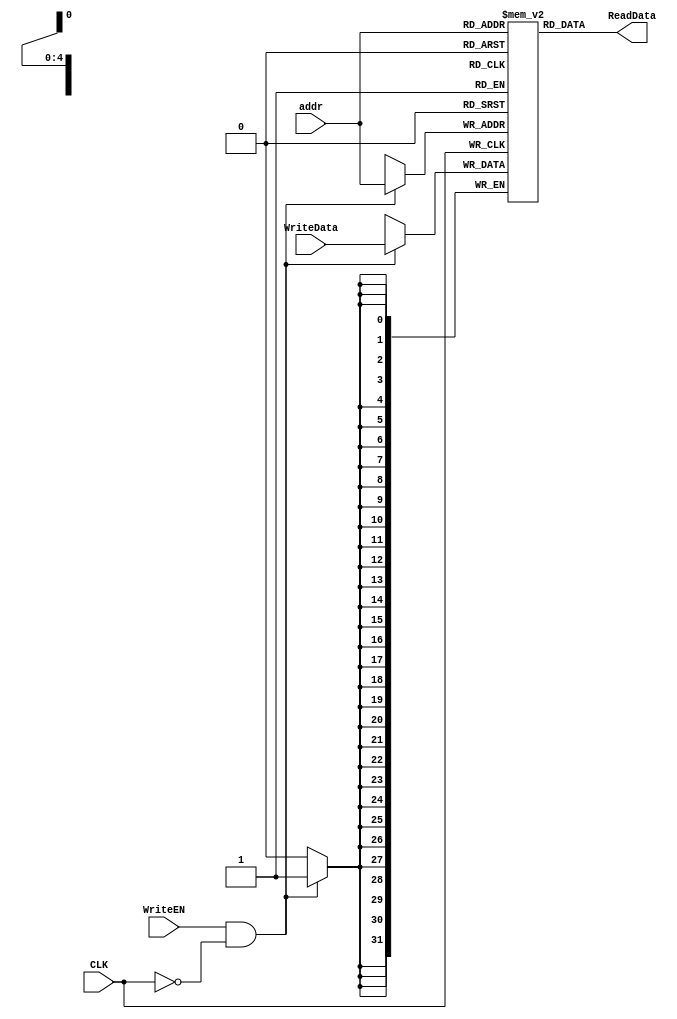
`timescale 1ns / 1ps
//////////////////////////////////////////////////////////////////////////////////
// Company: 
// Engineer: 
// 
// Design Name: 
// Module Name: DATA_RAM
// Project Name: 
// Target Devices: 
// Tool Versions: 
// Description: 
// 
// Dependencies: 
// 
// Revision:
// Revision 0.01 - File Created
// Additional Comments:
// 
//////////////////////////////////////////////////////////////////////////////////


module DATA_RAM (
    input [4:0] addr,
    output [31:0] ReadData,
    input [31:0] WriteData,
    input WriteEN,
    input CLK
    );
    reg[31:0] RAM[0:31];
    assign ReadData = RAM[addr];
    always @(negedge CLK)
        if(WriteEN & ~CLK)
            RAM[addr] = WriteData;
            
    integer i;
    initial
        for(i = 0;i<32;i=i+1)
            RAM[i]=i;
endmodule